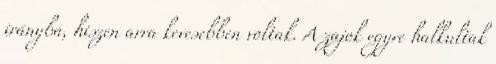
irányba, hiszen arra kevesebben voltak. A zajok egyre halkultak